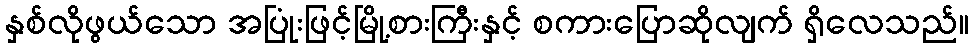
နှစ်လိုဖွယ်သော အပြုံးဖြင့်မြို့စားကြီးနှင့် စကားပြောဆိုလျက် ရှိလေသည်။